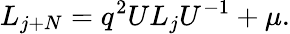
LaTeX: L_{j+N}=q^{2}UL_{j}U^{-1}+\mu.